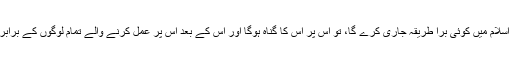
جب کہ عمل کرنے والوں کے اجر میں کوئی کمی نہیں کی جاۓ گی اور جو اسلام میں کوئی بُرا طریقہ جاری کرے گا، تو اس پر اس کا گناہ ہوگا اور اس کے بعد اس پر عمل کرنے والے تمام لوگوں کے برابر گناہ ہوگا اور عمل کرنے والوں کے گناہ میں کوئی کمی نہیں کی جاۓ گی“۔